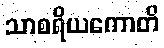
သာစရိယကောတိ